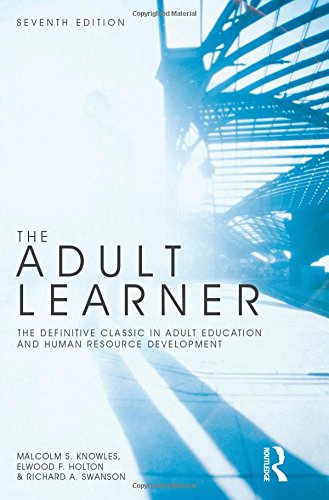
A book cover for The Adult Learner: The Definitive Classic in Adult Education and Human Resource Development; Malcolm S. Knowles; Medical Books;